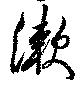
漱